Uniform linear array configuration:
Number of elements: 8
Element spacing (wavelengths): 1
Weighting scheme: hamming
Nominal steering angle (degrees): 0
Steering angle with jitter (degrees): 0.5341
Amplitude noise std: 0.05
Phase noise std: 0.05

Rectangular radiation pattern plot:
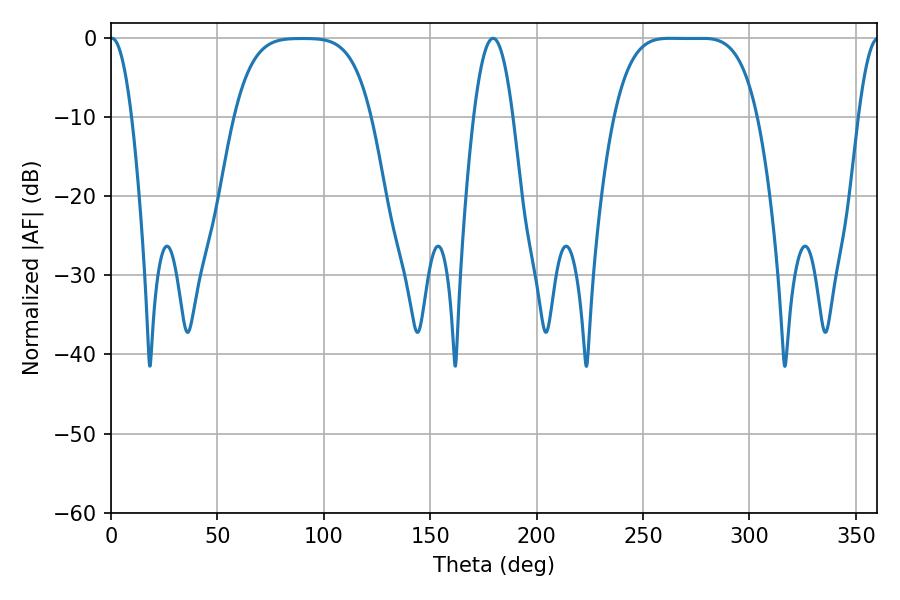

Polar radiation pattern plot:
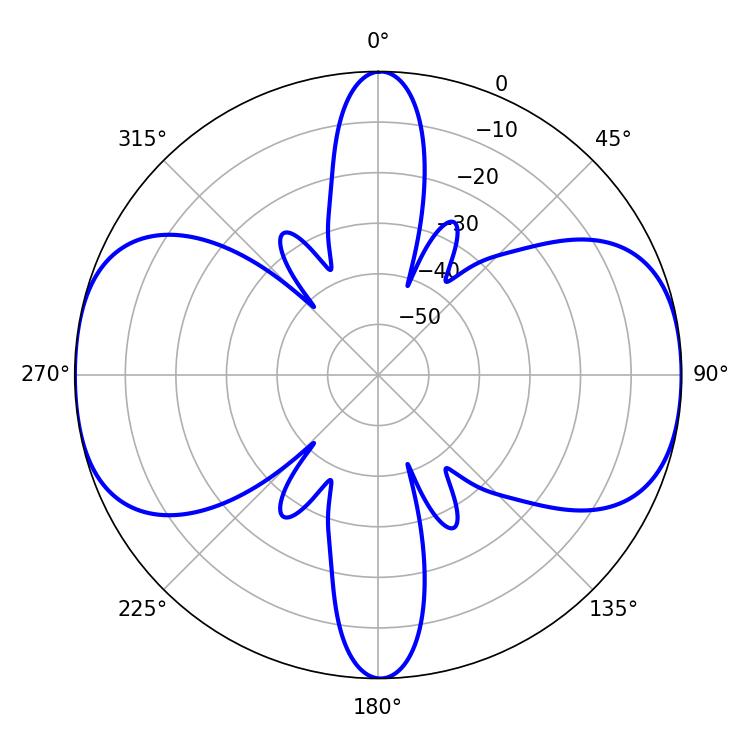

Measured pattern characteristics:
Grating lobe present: TRUE
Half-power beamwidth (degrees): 50.76
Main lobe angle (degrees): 262.8